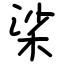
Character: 桬